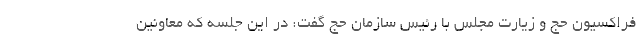
فراکسیون حج و زیارت مجلس با رئیس سازمان حج گفت: در این جلسه که معاونین